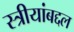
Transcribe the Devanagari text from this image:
स्त्रीयांबद्दल